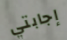
إجابتي